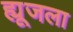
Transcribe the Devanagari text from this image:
ह्यूजला